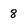
Character: 8